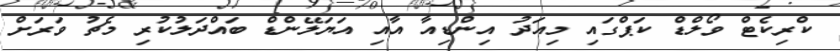
ކްރިކެޓް ވޯލްޑް ކަޕްގައި މިއަދު އިންޑިއާ އާއި އަޔަލޭންޑް ބައްދަލުކުރި މެޗު ވަރަށް